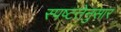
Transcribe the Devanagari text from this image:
स्पष्टतेनुसार